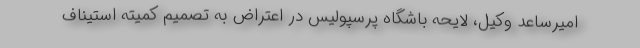
امیرساعد وکیل، لایحه باشگاه پرسپولیس در اعتراض به تصمیم کمیته استیناف